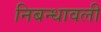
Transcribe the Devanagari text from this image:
निबन्‍धावली